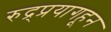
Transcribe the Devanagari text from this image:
रुद्र्प्रयागहून